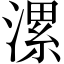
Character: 漯